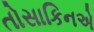
તોસાકિનએ